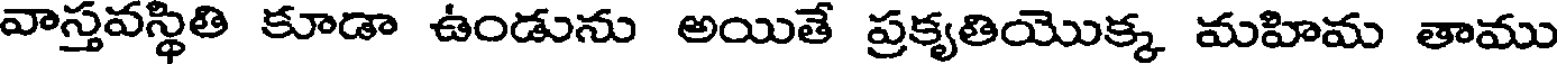
వాస్తవస్థితి కూడా ఉండును అయితే ప్రకృతియొక్క మహిమ తాము